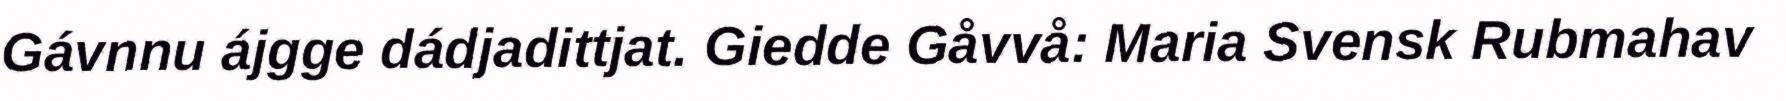
Gávnnu ájgge dádjadittjat. Giedde Gåvvå: Maria Svensk Rubmahav